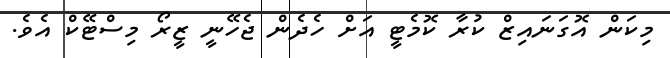
މިކަން އޮގަނައިޒް ކުރާ ކޮމެޓީ އަށް ހެދެން ޖެހޭނީ ޒީރޯ މިސްޓޭކް އެވެ.